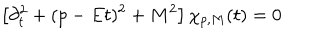
\left[ \partial _ { t } ^ { 2 } + ( p - E t ) ^ { 2 } + M ^ { 2 } \right] \chi _ { p , M } ( t ) = 0